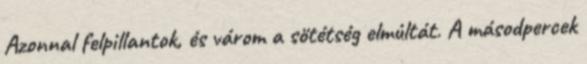
Azonnal felpillantok, és várom a sötétség elmúltát. A másodpercek